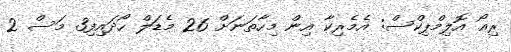
ރިއޯ އޮލިމްޕިކްސް: އެމެރިކާ އިން މިހާތަނަށް 26 މެޑަލް ހޯދައިފި3 މަސް 2